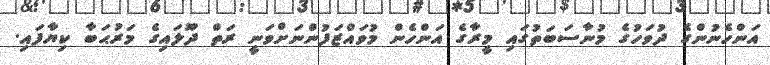
އަންހެނުންގެ ދުވަހުގެ މުނާސަބަތުގައި މީރާގެ އަންހެން މުވައްޒަފުންނަށްވަނީ ރަތް ދޫލައިގެ މަރުޙަބާ ކިޔާފައި.